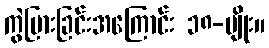
ကွဲပြားခြင်းအကြောင်း ၁၈-မျိုး။